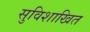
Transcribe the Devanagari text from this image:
सुविशाखित